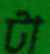
টা